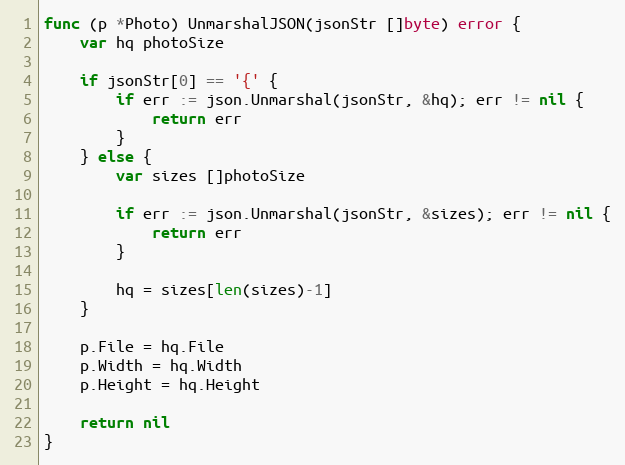
Language: Go
func (p *Photo) UnmarshalJSON(jsonStr []byte) error {
	var hq photoSize

	if jsonStr[0] == '{' {
		if err := json.Unmarshal(jsonStr, &hq); err != nil {
			return err
		}
	} else {
		var sizes []photoSize

		if err := json.Unmarshal(jsonStr, &sizes); err != nil {
			return err
		}

		hq = sizes[len(sizes)-1]
	}

	p.File = hq.File
	p.Width = hq.Width
	p.Height = hq.Height

	return nil
}